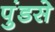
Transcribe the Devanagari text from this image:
पुंडसे